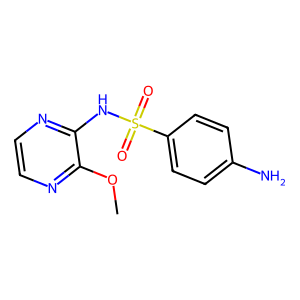
SMILES: COc1nccnc1NS(=O)(=O)c1ccc(N)cc1
Inhibits HIV replication: No